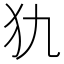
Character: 犰